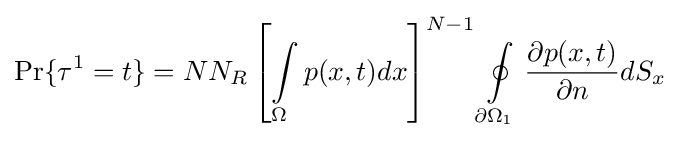
\Pr\{\tau ^{1}=t\}=NN_{R}\left[\int \limits _{\Omega }p(x,t)dx\right]^{N-1}\oint \limits _{\partial \Omega _{1}}{\frac {\partial p(x,t)}{\partial n}}dS_{x}